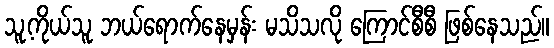
သူ့ကိုယ်သူ ဘယ်ရောက်နေမှန်း မသိသလို ကြောင်စီစီ ဖြစ်နေသည်။